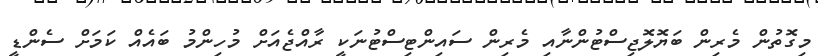
މިގޮތުން މެރިން ބަޔޮލޮޖިސްޓުންނާއި މެރިން ސައިންޓިސްޓުނަކީ ރާއްޖެއަށް މުހިންމު ބައެއް ކަމަށް ސެންޑީ